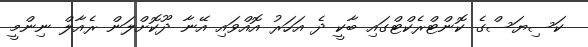
ކަސިޔަސްގެ ކޮންޓްރެކްޓްގައި ބާކީ ދެ އަހަރު އޮއްވައި އޭނާ ދޫކޮށްލަން ރެއާލް ނިންމީ